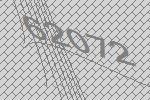
62072